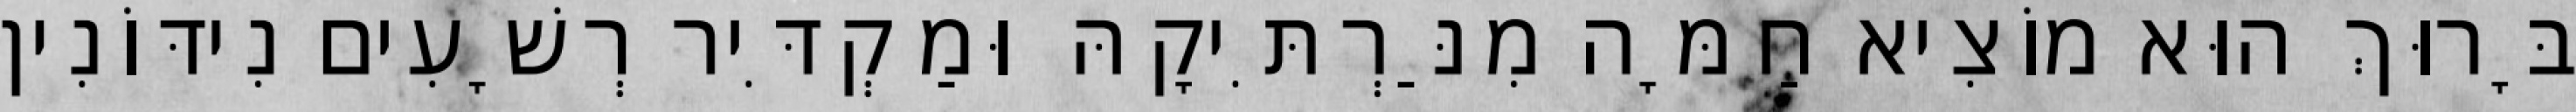
בָּרוּךְ הוּא מוֹצִיא חַמָּה מִנַּרְתִּיקָהּ וּמַקְדִּיר רְשָׁעִים נִידּוֹנִין